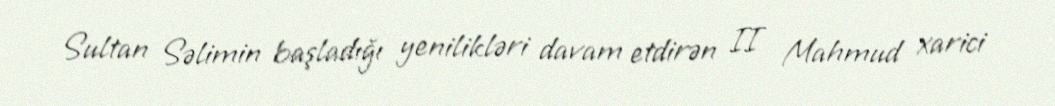
Sultan Səlimin başladığı yenilikləri davam etdirən II Mahmud xarici